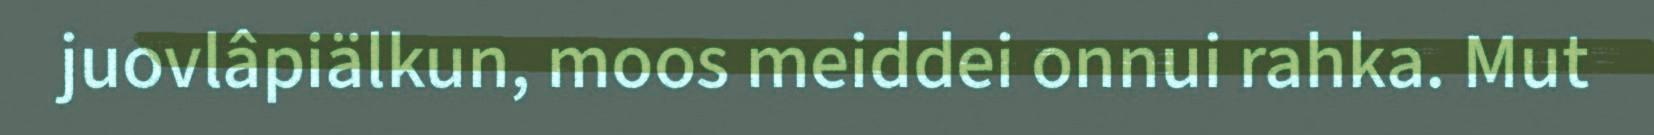
juovlâpiälkun, moos meiddei onnui rahka. Mut